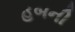
હબની